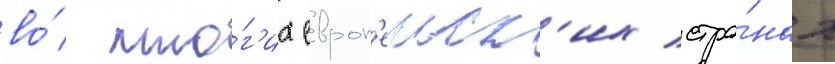
во́ мно́г'их европ'еиск'их стра́нах